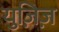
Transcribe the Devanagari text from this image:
युज़िज़